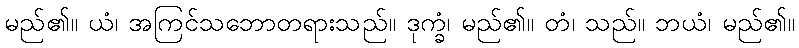
မည်၏။ ယံ၊ အကြင်သဘောတရားသည်။ ဒုက္ခံ၊ မည်၏။ တံ၊ သည်။ ဘယံ၊ မည်၏။